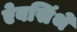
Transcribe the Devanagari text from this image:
ऐबसिंथे